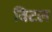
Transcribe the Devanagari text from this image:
विटल